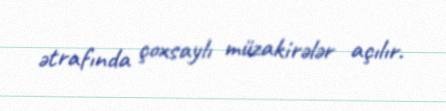
ətrafında çoxsaylı müzakirələr açılır.